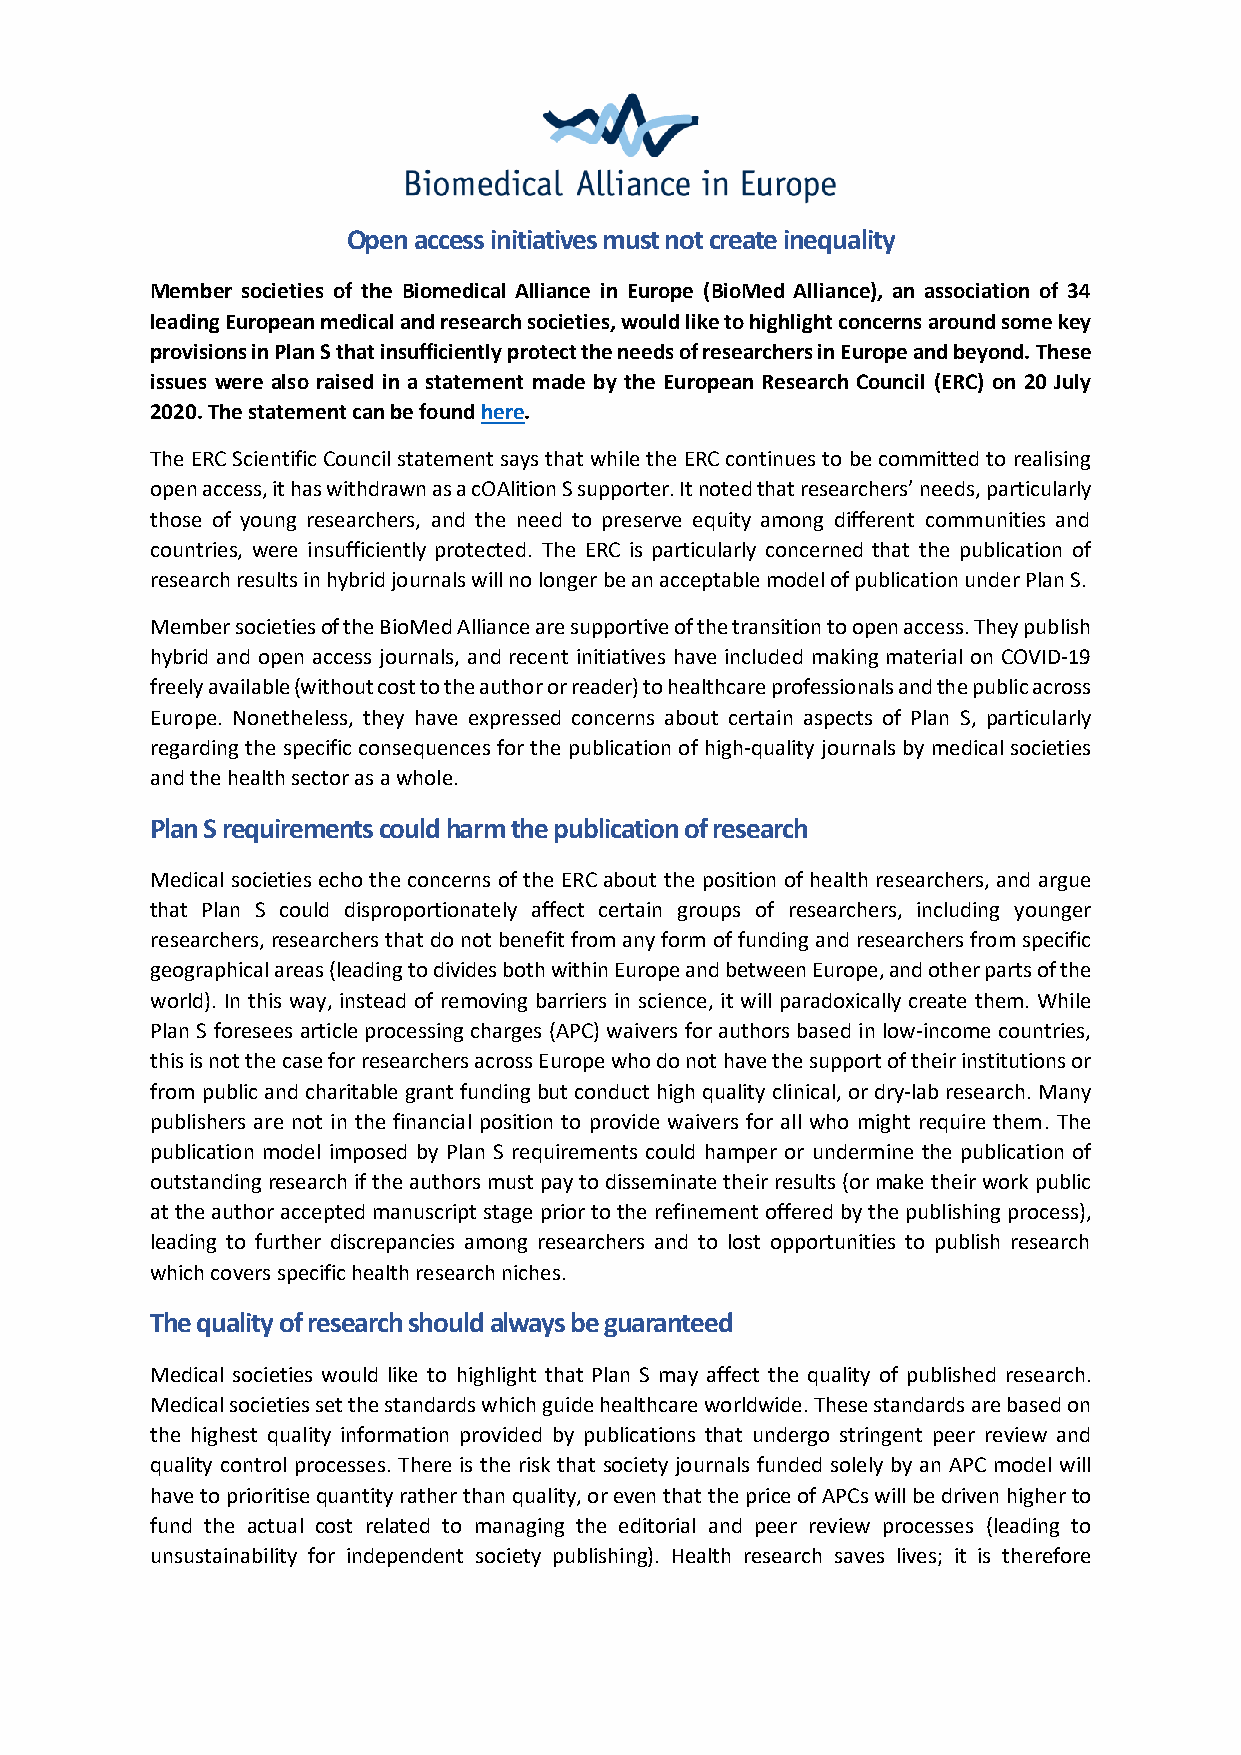
Open access initiatives must not create inequality
 Member societies of the Biomedical Alliance in Europe (BioMed Alliance), an association of 34
 leading European medical and research societies, would like to highlight concerns around some key
 provisions in Plan S that insufficiently protect the needs of researchers in Europe and beyond. These
 issues were also raised in a statement made by the European Research Council (ERC) on 20 July
 2020. The statement can be found here.
 The ERC Scientific Council statement says that while the ERC continues to be committed to realising
 open access, it has withdrawn as a cOAlition S supporter. It noted that researchers’ needs, particularly
 those of young researchers, and the need to preserve equity among different communities and
 countries, were insufficiently protected. The ERC is particularly concerned that the publication of
 research results in hybrid journals will no longer be an acceptable model of publication under Plan S.
 Member societies of the BioMed Alliance are supportive of the transition to open access. They publish
 hybrid and open access journals, and recent initiatives have included making material on COVID-19
 freely available (without cost to the author or reader) to healthcare professionals and the public across
 Europe. Nonetheless, they have expressed concerns about certain aspects of Plan S, particularly
 regarding the specific consequences for the publication of high-quality journals by medical societies
 and the health sector as a whole.
 Plan S requirements could harm the publication of research
 Medical societies echo the concerns of the ERC about the position of health researchers, and argue
 that Plan S could disproportionately affect certain groups of researchers, including younger
 researchers, researchers that do not benefit from any form of funding and researchers from specific
 geographical areas (leading to divides both within Europe and between Europe, and other parts of the
 world). In this way, instead of removing barriers in science, it will paradoxically create them. While
 Plan S foresees article processing charges (APC) waivers for authors based in low-income countries,
 this is not the case for researchers across Europe who do not have the support of their institutions or
 from public and charitable grant funding but conduct high quality clinical, or dry-lab research. Many
 publishers are not in the financial position to provide waivers for all who might require them. The
 publication model imposed by Plan S requirements could hamper or undermine the publication of
 outstanding research if the authors must pay to disseminate their results (or make their work public
 at the author accepted manuscript stage prior to the refinement offered by the publishing process),
 leading to further discrepancies among researchers and to lost opportunities to publish research
 which covers specific health research niches.
 The quality of research should always be guaranteed
 Medical societies would like to highlight that Plan S may affect the quality of published research.
 Medical societies set the standards which guide healthcare worldwide. These standards are based on
 the highest quality information provided by publications that undergo stringent peer review and
 quality control processes. There is the risk that society journals funded solely by an APC model will
 have to prioritise quantity rather than quality, or even that the price of APCs will be driven higher to
 fund the actual cost related to managing the editorial and peer review processes (leading to
 unsustainability for independent society publishing). Health research saves lives; it is therefore